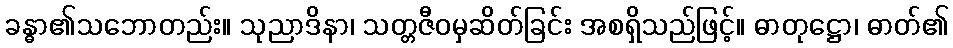
ခန္ဓာ၏သဘောတည်း။ သုညာဒိနာ၊ သတ္တဇီဝမှဆိတ်ခြင်း အစရှိသည်ဖြင့်။ ဓာတုဋ္ဌော၊ ဓာတ်၏